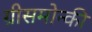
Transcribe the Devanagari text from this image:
ग्रीसमोन्की